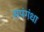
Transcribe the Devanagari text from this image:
सपंगंधा